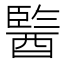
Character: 𨢒